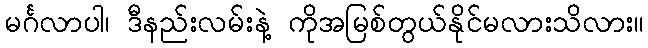
မင်္ဂလာပါ၊ ဒီနည်းလမ်းနဲ့ ကိုအမြစ်တွယ်နိုင်မလားသိလား။